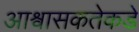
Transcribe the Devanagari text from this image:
आश्वासकतेकडे